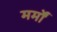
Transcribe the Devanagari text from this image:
मर्मों